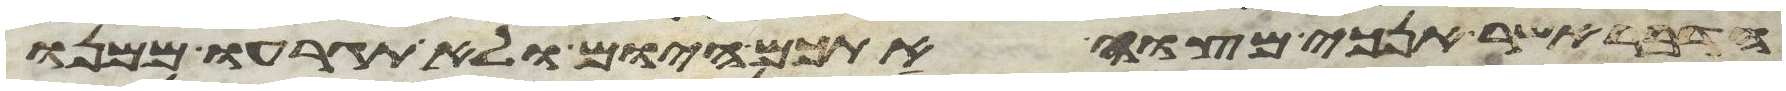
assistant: הדבר אשר אנכי מצוה אתכם היום ולא תגרעו ממנו